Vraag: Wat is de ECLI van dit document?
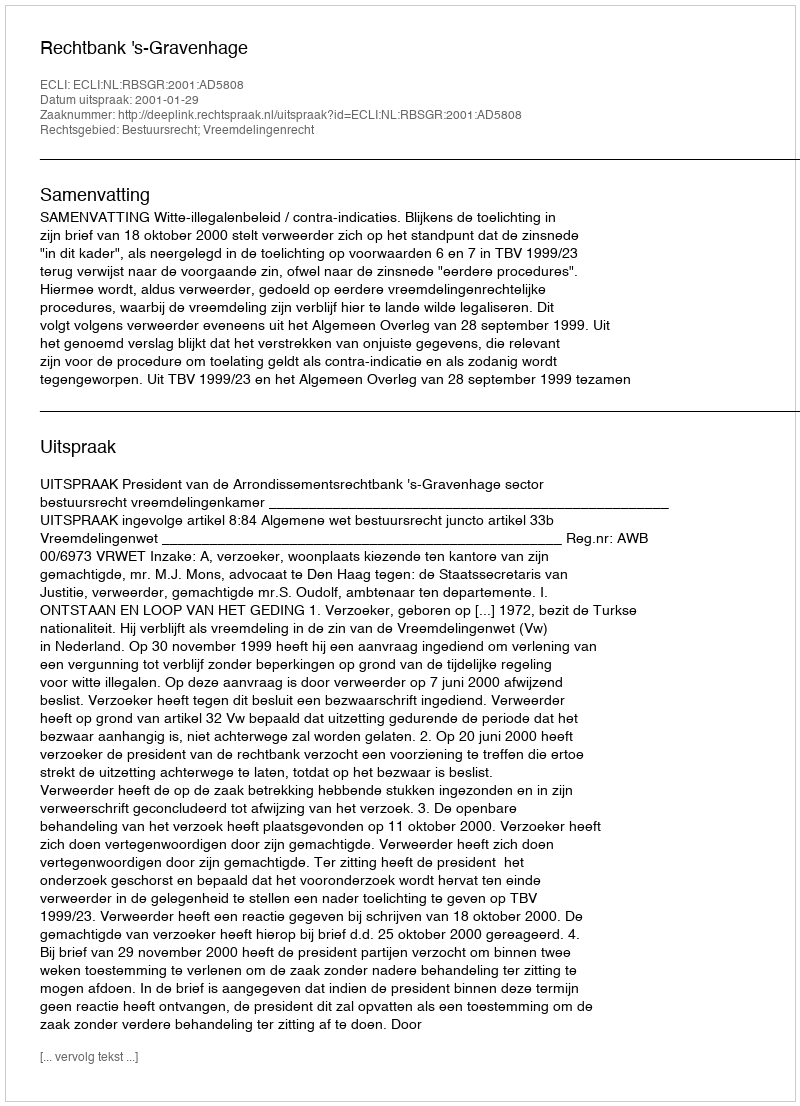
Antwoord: ECLI:NL:RBSGR:2001:AD5808